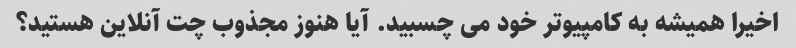
اخیرا همیشه به کامپیوتر خود می چسبید. آیا هنوز مجذوب چت آنلاین هستید؟